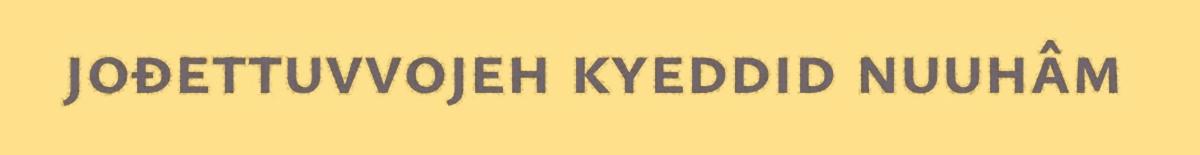
jođettuvvojeh kyeddid nuuhâm